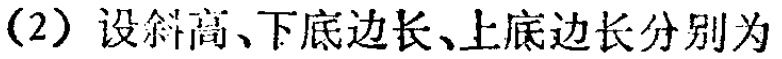
（2）设斜高、下底边长、上底边长分别为